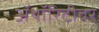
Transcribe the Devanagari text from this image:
ॲथॉरिटीवर